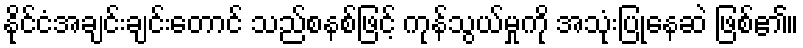
နိုင်ငံအချင်းချင်းတောင် သည်စနစ်ဖြင့် ကုန်သွယ်မှုကို အသုံးပြုနေဆဲ ဖြစ်၏။